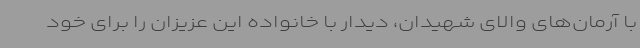
با آرمان‌های والای شهیدان، دیدار با خانواده این عزیزان را برای خود